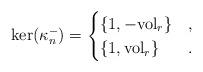
LaTeX: \begin{gather*}\ker(\kappa_n^-)= \begin{cases}\{1,-{\rm vol}_r\} & ,\\\{1,{\rm vol}_r\} & . \end{cases}\end{gather*}